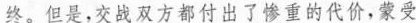
终。但是，交战双方都付出了惨重的代价，蒙受